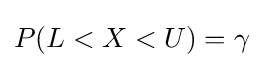
P(L<X<U)=\gamma